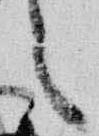
之